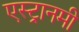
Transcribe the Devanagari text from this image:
एस्ट्रानमी